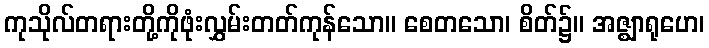
ကုသိုလ်တရားတို့ကိုဖုံးလွှမ်းတတ်ကုန်သော။ စေတသော၊ စိတ်၌။ အဇ္ဈာရုဟေ၊